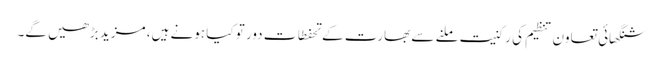
شنگھائی تعاون تنظیم کی رکنیت ملنے سے بھارت کے تحفطات دور تو کیا ہونے ہیں، مزید بڑھیں گے۔